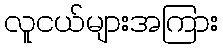
လူငယ်များအကြား